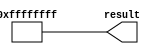
module  one_lpm_constant_be9
	( 
	result) ;
	output   [31:0]  result;


	assign
		result = {32{1'b1}};
endmodule